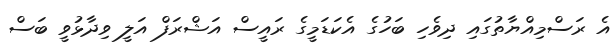
އެ ރަސްމިއްޔާތުގައި ދިވެހި ބަހުގެ އެކަޑަމީގެ ރައީސް އަޝްރަފް އަލީ ވިދާޅުވީ ބަސް